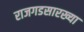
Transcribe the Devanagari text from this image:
राजगडसारख्या